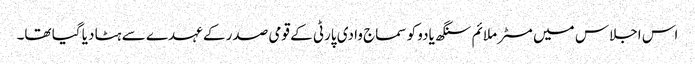
اس اجلاس میں مسٹر ملائم سنگھ یادو کو سماج وادی پارٹی کے قومی صدر کے عہدے سے ہٹا دیا گیا تھا۔